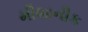
મીશાનીક